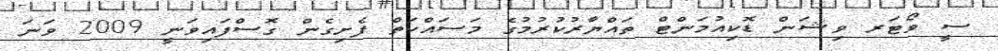
ސީ ވޯޓަރ ވިޝަން ޑޮކިއުމަންޓް ތައްޔާރުކުރުމުގެ މަސައްކަތް ފެށިގެން ގޮސްފައިވަނީ 2009 ވަނަ